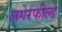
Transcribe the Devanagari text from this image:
लगेरफील्ड